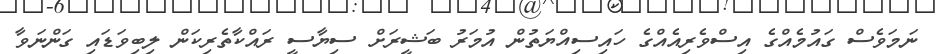
ނަމަވެސް ގައުމެއްގެ އިސްވެރިއެއްގެ ހައިސިއްޔަތުން އުމަރު ބަޝީރަށް ސިޔާސީ ރައްކާތެރިކަން ލިބިވަޑައި ގަންނަވާ